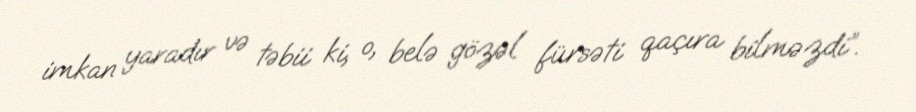
imkan yaradır və təbii ki, o, belə gözəl fürsəti qaçıra bilməzdi”.